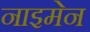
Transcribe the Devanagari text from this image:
नाइमेन